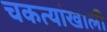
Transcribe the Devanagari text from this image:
चकत्यांखाली